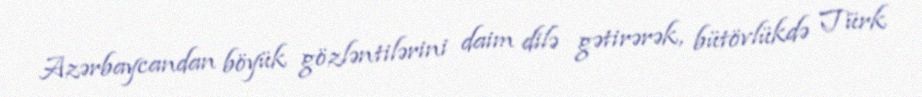
Azərbaycandan böyük gözləntilərini daim dilə gətirərək, bütövlükdə Türk